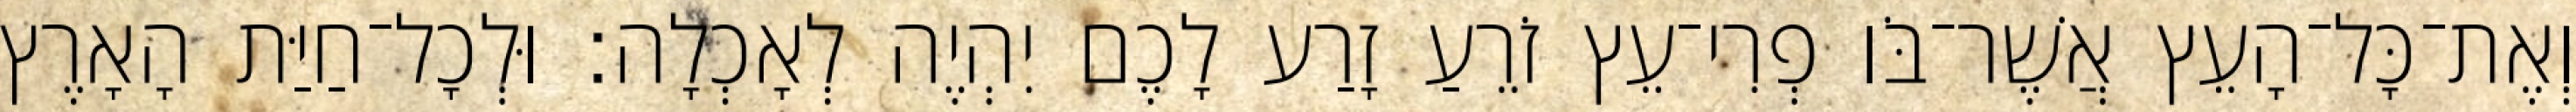
וְאֶת־כָּל־הָעֵץ אֲשֶׁר־בֹּו פְרִי־עֵץ זֹרֵעַ זָרַע לָכֶם יִהְיֶה לְאָכְלָה׃ וּלְכָל־חַיַּת הָאָרֶץ